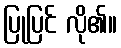
ပြုပြင် လို၏။